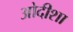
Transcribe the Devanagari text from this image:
ओदीशा